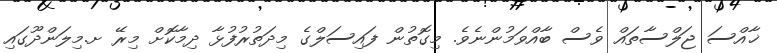
ޚާއްސަ ޖަލްސާތައް ވެސް ބާއްވަމުންނެވެ. މިގޮތުން ފައިސަލްގެ މިދަތުރުފުޅާ ދިމާކޮށް މިރޭ ށ.މިލަންދޫގައި